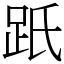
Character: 䟗